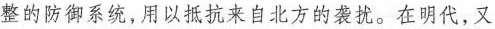
整的防御系统，用以抵抗来自北方的袭扰。在明代，又